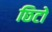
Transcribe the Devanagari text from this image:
छिटो